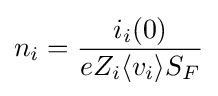
n_{i}={\frac {i_{i}(0)}{eZ_{i}\langle v_{i}\rangle S_{F}}}